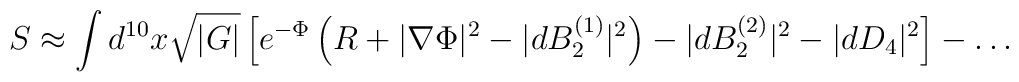
S \approx \int d^{10}x \sqrt{|G|} \left[ e^{-\Phi} \left( R+|\nabla \Phi |^2 -| dB_2^{(1)} |^2 \right) -|dB_2^{(2)}|^2 -|dD_4|^2 \right] -\ldots